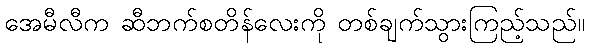
အေမီလီက ဆီဘက်စတိန်လေးကို တစ်ချက်သွားကြည့်သည်။